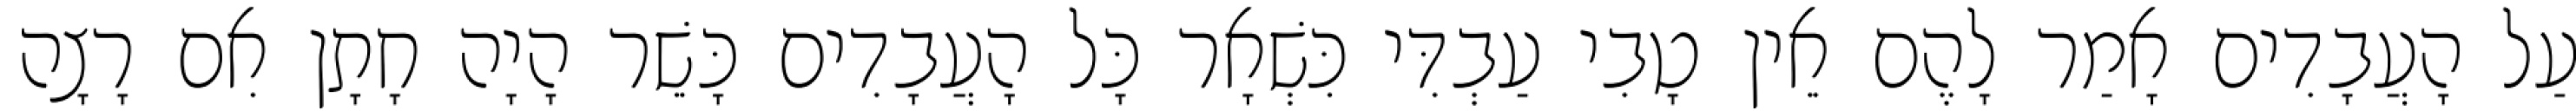
עַל הָעֲבָדִים אָמַר לָהֶם אֵין טָבִי עַבְדִּי כִּשְׁאָר כָּל הָעֲבָדִים כָּשֵׁר הָיָה חָתָן אִם רָצָה